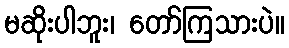
မဆိုးပါဘူး၊ တော်ကြသားပဲ။